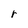
Character: r